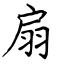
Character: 扇